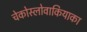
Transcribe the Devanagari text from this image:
चेकोस्लोवाकियाका